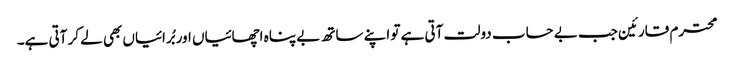
محترم قارئین جب بے حساب دولت آتی ہے تو اپنے ساتھ بے پناہ اچھائیاں اور بُرائیاں بھی لے کر آتی ہے۔